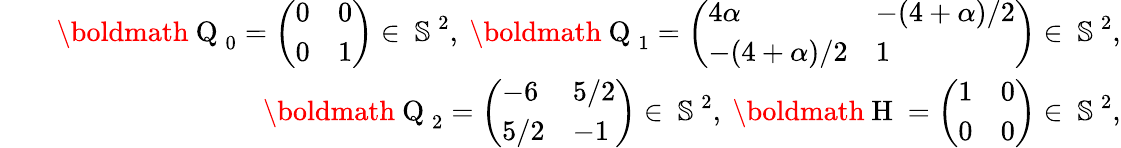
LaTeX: \begin{array}{rlr}&{}&{\mathrm{\boldmath~Q~}_{0}=\left(\begin{array}{ll}{0}&{0}\\ {0}&{1}\end{array}\right)\in\mathrm{~\mathbb{S}~}^{2},\ \mathrm{\boldmath~Q~}_{1}=\left(\begin{array}{ll}{4\alpha}&{-(4+\alpha)/2}\\ {-(4+\alpha)/2}&{1}\end{array}\right)\in\mathrm{~\mathbb{S}~}^{2},}\\ &{}&{\mathrm{\boldmath~Q~}_{2}=\left(\begin{array}{ll}{-6}&{5/2}\\ {5/2}&{-1}\end{array}\right)\in\mathrm{~\mathbb{S}~}^{2},\ \mathrm{\boldmath~H~}=\left(\begin{array}{ll}{1}&{0}\\ {0}&{0}\end{array}\right)\in\mathrm{~\mathbb{S}~}^{2},}\end{array}